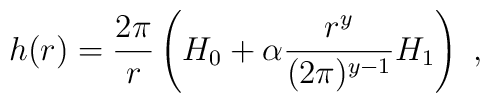
h(r)= \frac{2\pi}r\left( H_0 + \alpha\frac{r^y}{(2\pi )^{y-1}}H_1\right)\ ,